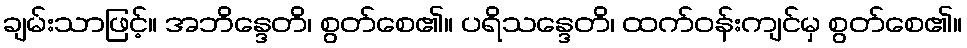
ချမ်းသာဖြင့်။ အဘိန္ဒေတိ၊ စွတ်စေ၏။ ပရိသန္ဒေတိ၊ ထက်ဝန်းကျင်မှ စွတ်စေ၏။